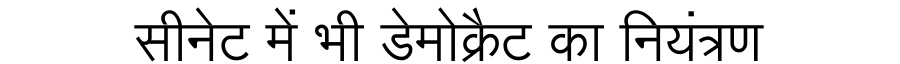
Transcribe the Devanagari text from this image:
सीनेट में भी डेमोक्रैट का नियंत्रण